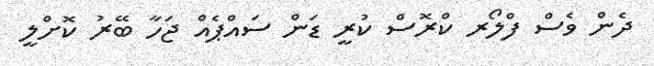
ދެން ވެސް ފްލޯރ ކްރޮސް ކުރީ ޑަން ސައްޕެއް ޖަހާ ބޭރު ކޮށްލީ